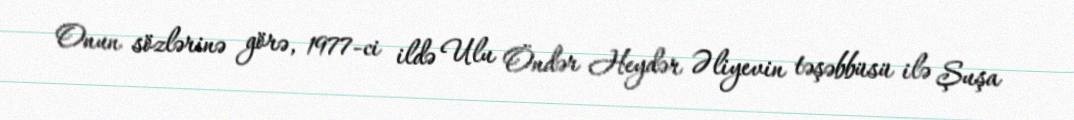
Onun sözlərinə görə, 1977-ci ildə Ulu Öndər Heydər Əliyevin təşəbbüsü ilə Şuşa